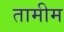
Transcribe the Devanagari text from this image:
तामीम